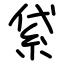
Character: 𥿝